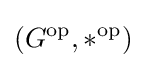
(G^{\text{op}},{*}^{\text{op}})